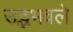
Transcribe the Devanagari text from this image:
उद्भभवले